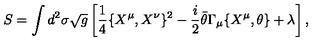
S = \int d ^ { 2 } \sigma \sqrt { g } \left[ \frac { 1 } { 4 } \{ X ^ { \mu } , X ^ { \nu } \} ^ { 2 } - \frac { i } { 2 } \bar { \theta } \Gamma _ { \mu } \{ X ^ { \mu } , \theta \} + \lambda \right] ,